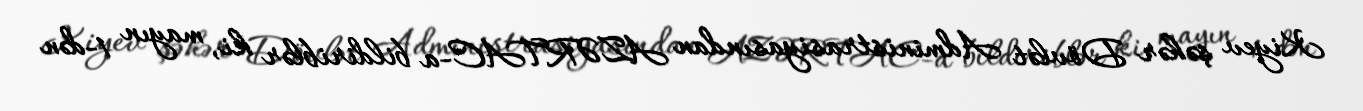
Kiyev şəhər Dövlət Administrasiyasından AZƏRTAC-a bildiriblər ki, mayın 1-dən